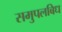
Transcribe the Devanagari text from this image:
समुपलबिध